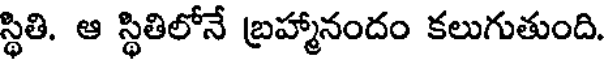
స్థితి. ఆ స్థితిలోనే బ్రహ్మానందం కలుగుతుంది.